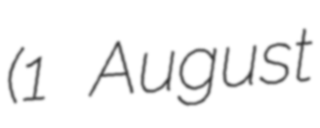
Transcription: (1 August